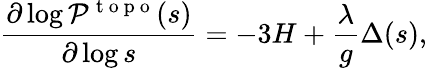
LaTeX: \frac{\partial\log{\cal{P}}^{\mathrm{~t~o~p~o~}}(s)}{\partial\log s}=-3H+\frac{\lambda}{g}\Delta(s),